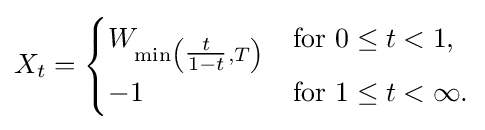
\displaystyle X_{t}={\begin{cases}W_{\min \left({\tfrac {t}{1-t}},T\right)}&{\text{for }}0\leq t<1,\\-1&{\text{for }}1\leq t<\infty .\end{cases}}